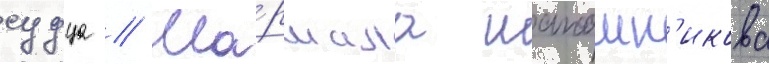
судца // Ма́ршала шапошн'икова